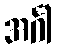
အင်္ဂါ